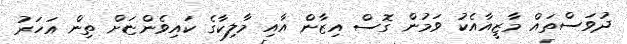
ދުވަސްތައް މާޒީއާއެކު ވަމުން ގޮސް އިޒާން އާއި މާލިކާގެ ކައިވެންޏަށް ތިން އަހަރު